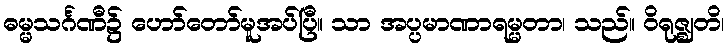
ဓမ္မသင်္ဂဏီ၌ ဟော်တော်မူအပ်ပြီ။ သာ အပ္ပမာဏာရမ္မတာ၊ သည်။ ဝိရုဇ္ဈတိ၊